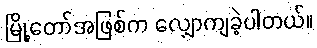
မြို့တော်အဖြစ်က လျှောကျခဲ့ပါတယ်။